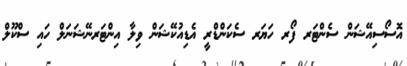
އޮސޯސިއޭޝަން ސެންޓަރ ފޯރ ހަޔަރ ސެކަންޑްރީ އެޑިއުކޭޝަން ވިލާ އިންޓަރނޭޝަނަލް ހައި ސްކޫލް